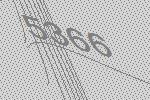
5366